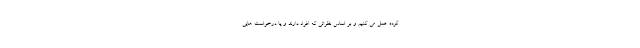
کرده عمل می کنیم و بر اساس نظراتی که افراد دارند و یا درخواست هایی